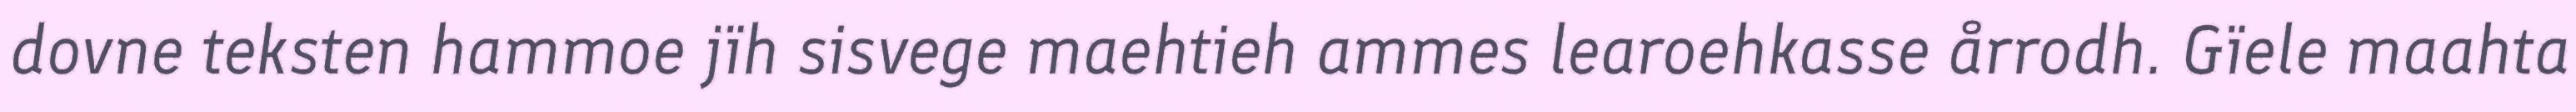
dovne teksten hammoe jïh sisvege maehtieh ammes learoehkasse årrodh. Gïele maahta